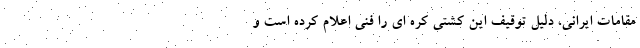
مقامات ایرانی، دلیل توقیف این کشتی کره ای را فنی اعلام کرده است و